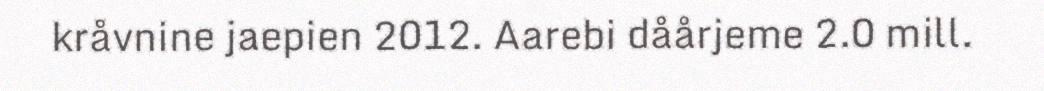
kråvnine jaepien 2012. Aarebi dåårjeme 2.0 mill.